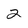
Character: 2